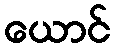
ယောင်